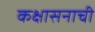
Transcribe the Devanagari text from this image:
कक्षासनाची